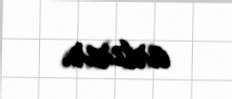
artırır.